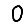
Digit: 0